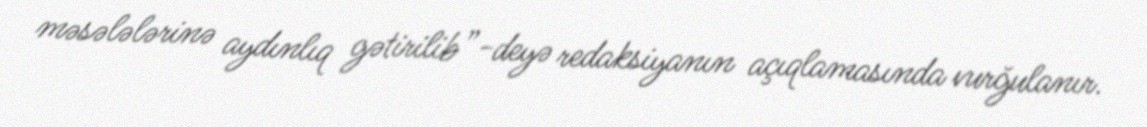
məsələlərinə aydınlıq gətirilib”-deyə redaksiyanın açıqlamasında vurğulanır.